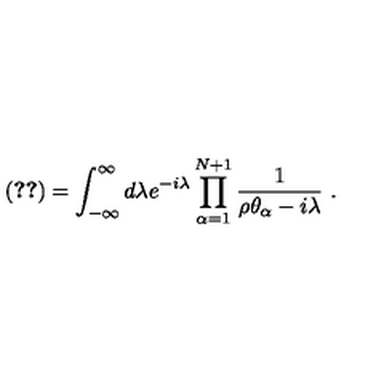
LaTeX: \left( \ref { k o t e n c p n k o s o k u } \right) = \int _ { - \infty } ^ { \infty } d \lambda e ^ { - i \lambda } \prod _ { \alpha = 1 } ^ { N + 1 } { \frac { 1 } { \rho \theta _ { \alpha } - i \lambda } } \ .